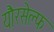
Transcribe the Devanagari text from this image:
यौरसेल्फ